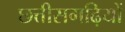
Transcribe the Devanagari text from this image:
छत्तीसगढ़ियों